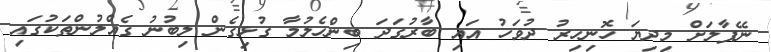
ނޭޕާލަށް މިދިޔަ ހޮނިހިރު ދުވަހު އައި ބާރުގަދަ ބިންހެލުމާ ގުޅިގެން ލިބުނު ގެއްލުންތަކުގައި